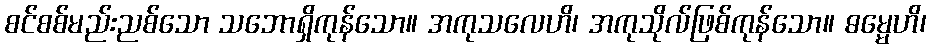
စင်စစ်မည်းညစ်သော သဘောရှိကုန်သော။ အကုသလေဟိ၊ အကုသိုလ်ဖြစ်ကုန်သော။ ဓမ္မေဟိ၊